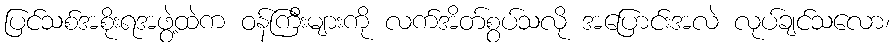
ပြင်သစ်အစိုးရအဖွဲ့ထဲက ဝန်ကြီးများကို လက်အိတ်စွပ်သလို အပြောင်းအလဲ လုပ်ချင်သလော၊